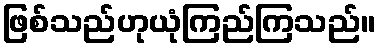
ဖြစ်သည်ဟုယုံကြည်ကြသည်။